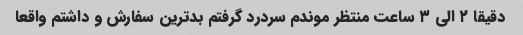
دقیقا ۲ الی ۳ ساعت منتظر موندم سردرد گرفتم بدترین سفارش و داشتم واقعا